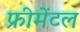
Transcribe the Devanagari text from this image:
फ्रीमेंटल